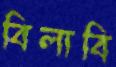
বিলাবি